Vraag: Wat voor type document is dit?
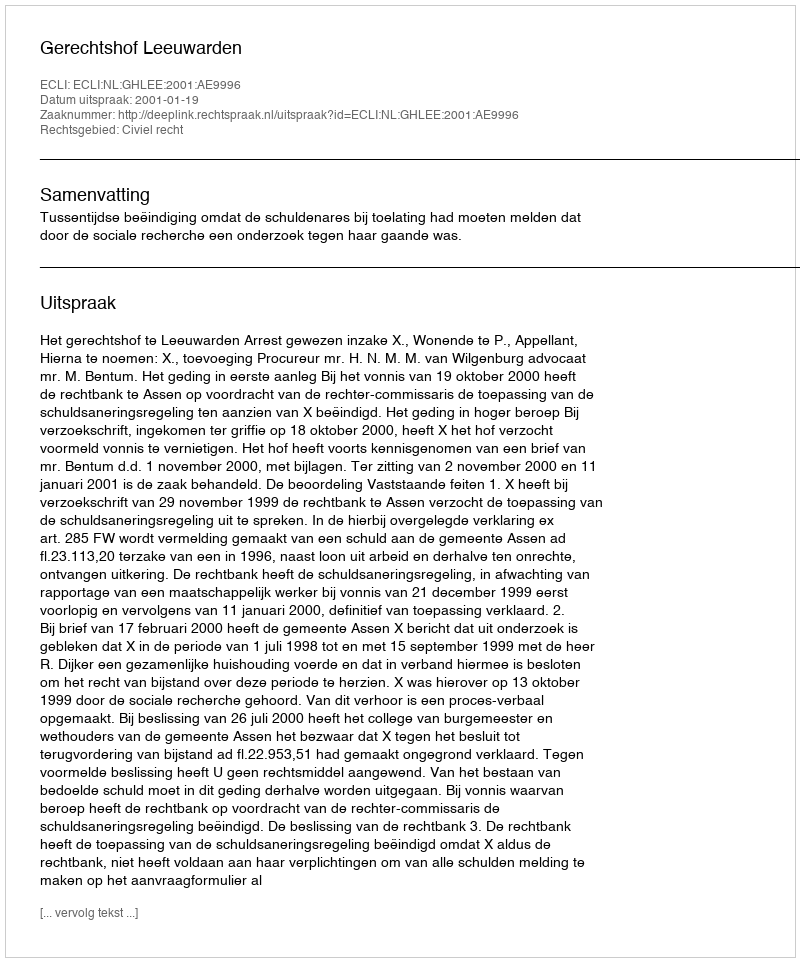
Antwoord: Uitspraak